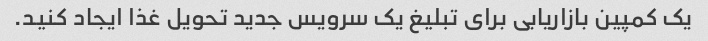
یک کمپین بازاریابی برای تبلیغ یک سرویس جدید تحویل غذا ایجاد کنید.